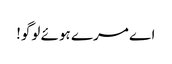
اے مرے ہوئے لوگو!